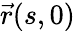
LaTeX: {\vec{r}}(s,0)